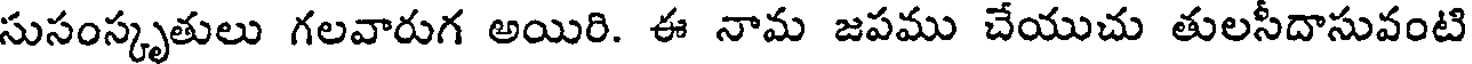
సుసంస్కృతులు గలవారుగ అయిరి. ఈ నామ జపము చేయుచు తులసీదాసువంటి